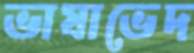
ভাষাভেদ